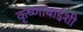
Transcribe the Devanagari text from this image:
कृष्णाबाईशी